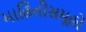
માહિતીસમૂહો